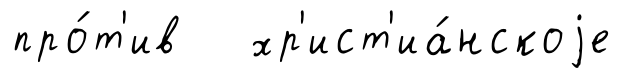
про́т'ив хр'ист'иа́нскоjе